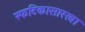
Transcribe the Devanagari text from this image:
स्फटिकासारखा